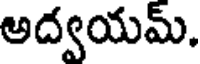
అద్వయమ్.